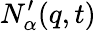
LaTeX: N_{\alpha}^{\prime}({q},t)